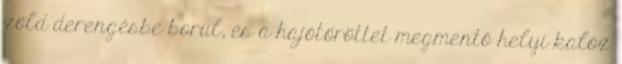
zöld derengésbe borul, és a hajótöröttet megmentő helyi kalóz